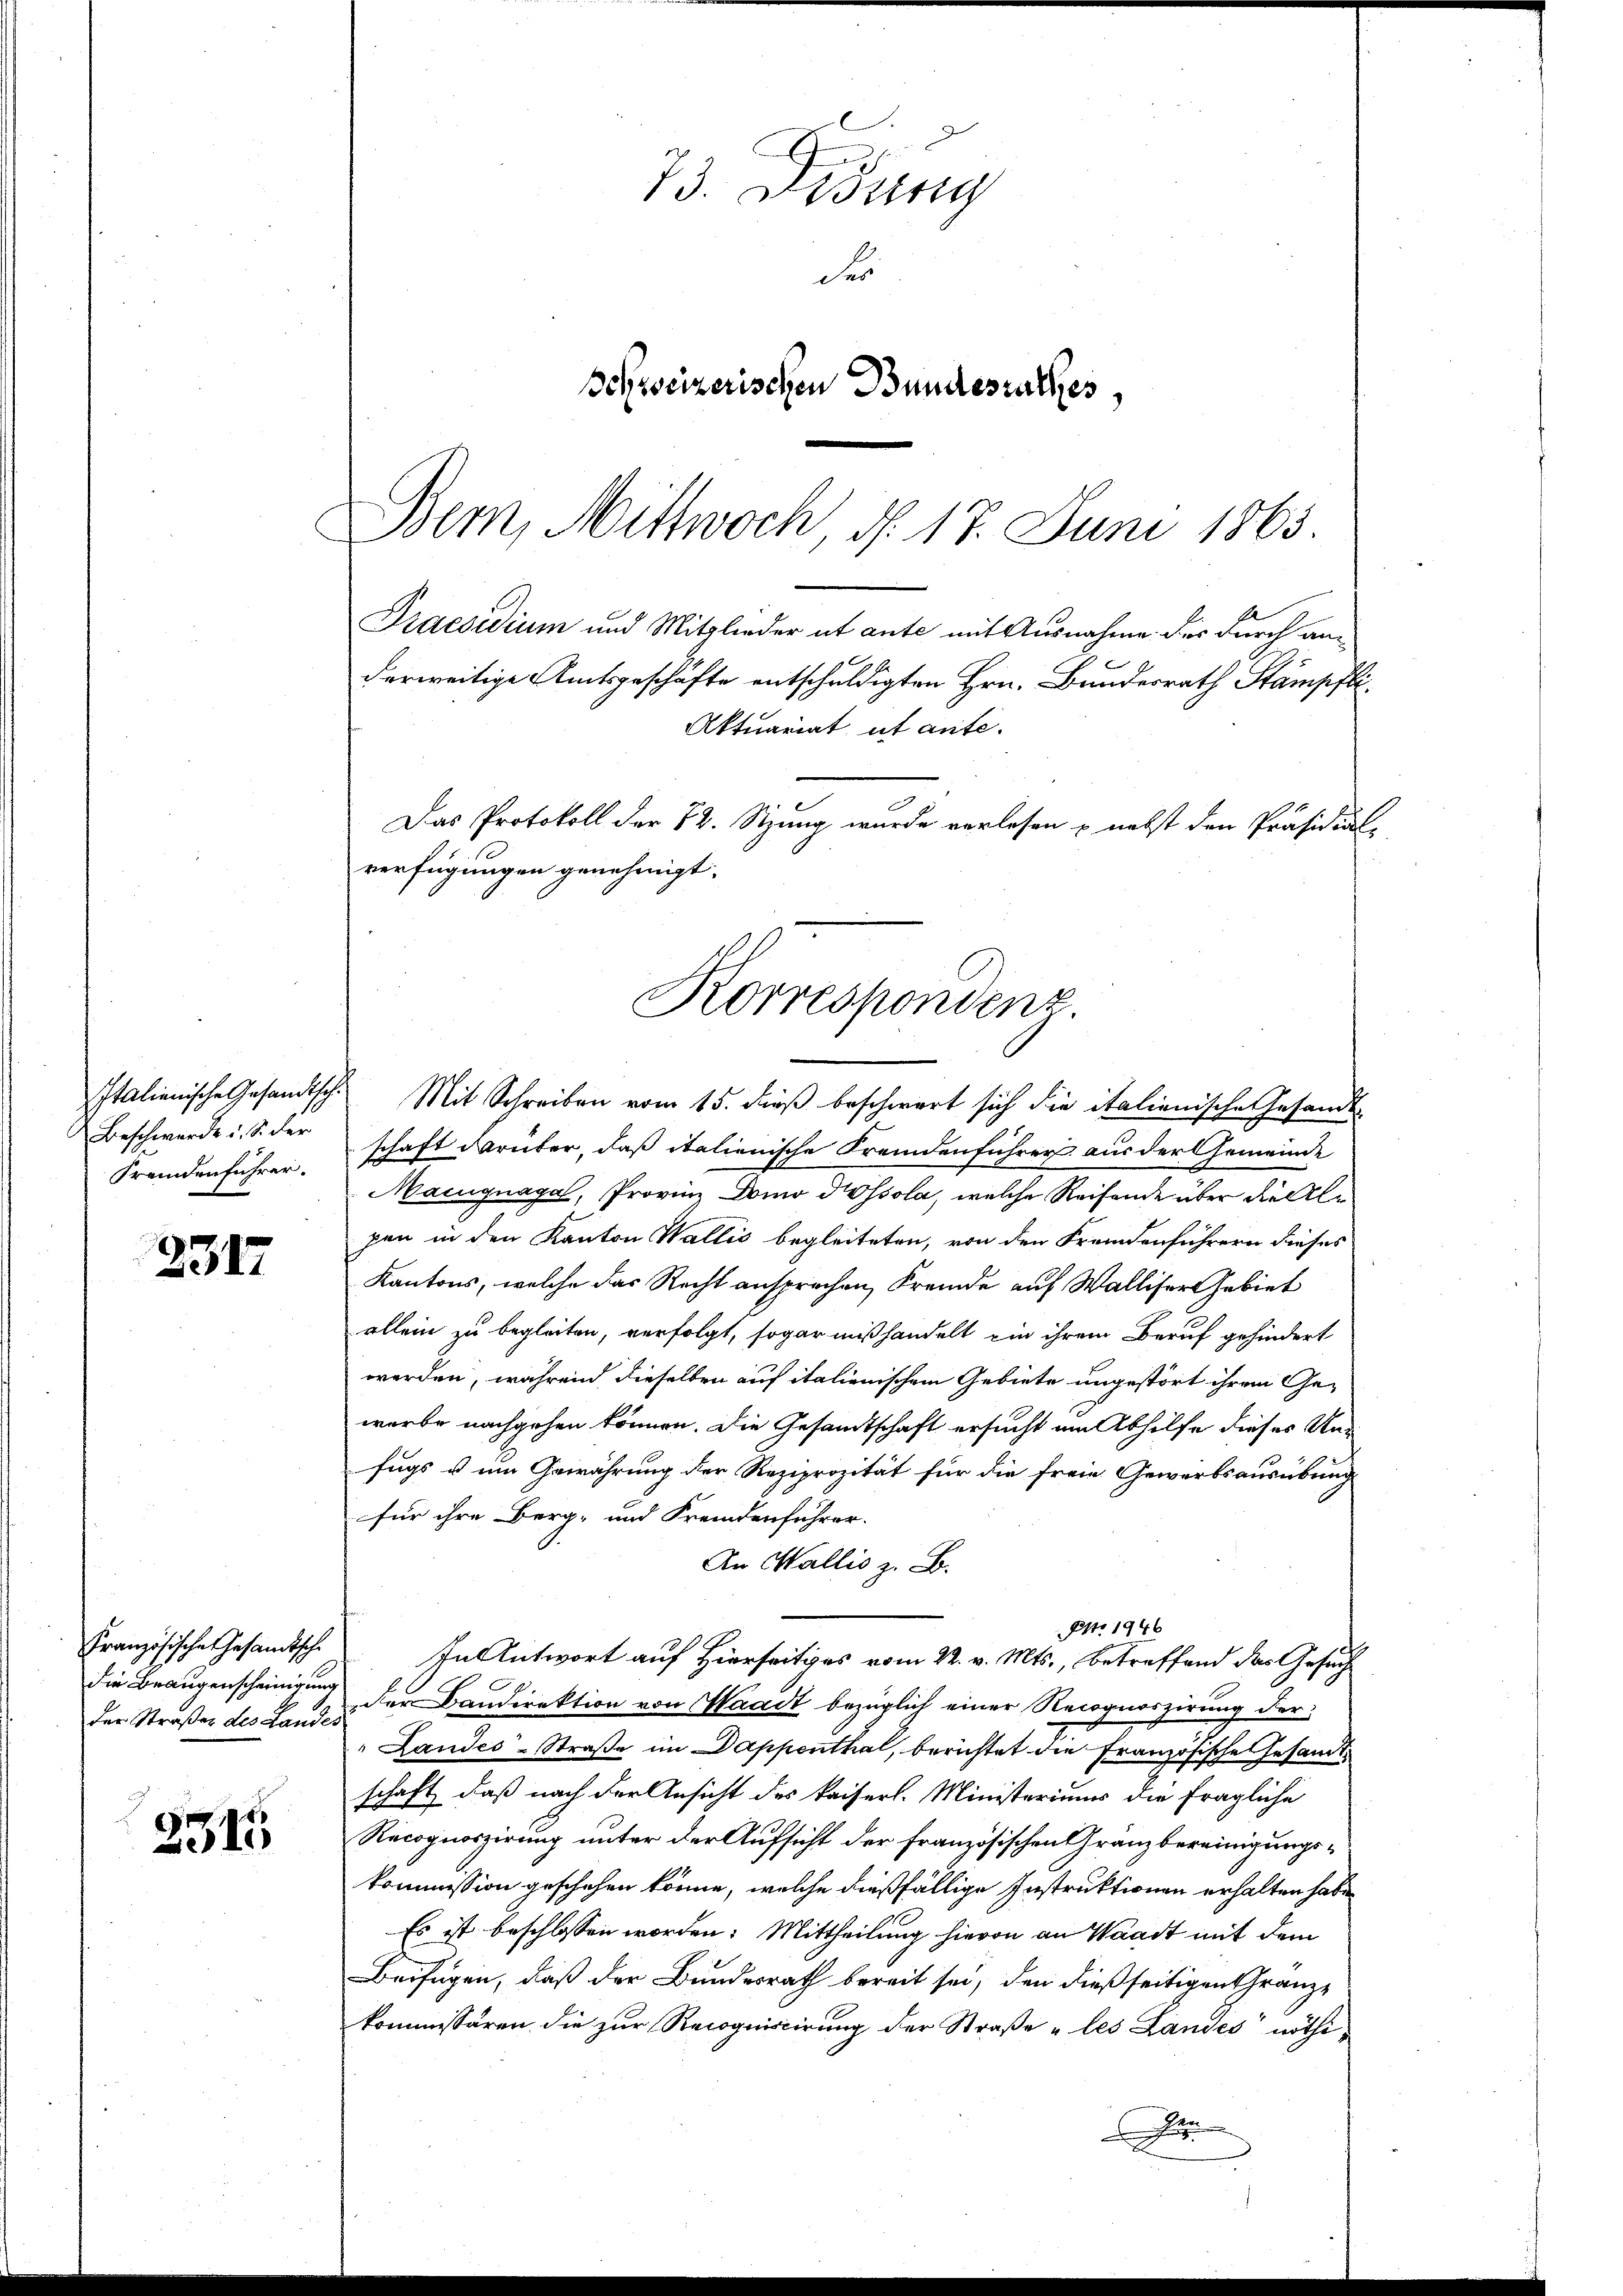
Beschwerde u. S. der
Fremdenführer.

2317

Praesidium und Mitglieder ut ante mit Ausnahme der durch anderweitige Amtsgeschäfte entschuldigten Hrn. Bundesrath Stampfli¬
Aktuariat ut ante.

Französische Gesandtsche
der Straßen des Landes

2315

73. Desung
des
Schweizerischen Bundesrathes,

Bern, Mittwoch, d. 17. Juni 1863.
Das Protokoll der 82. Stzung wurde vorlesen & nebst den Präsidial-
verfügungen genehmigt.
Korrespondenz.

Italienische Gesandtsch. Mit Schreiben vom 15. dieß beschwert sich die italienische Gesandt-
schaft darüber, daß italienische Fremdenführer aus der Gemeinde
Maignagel, Provinz Domo dissola, welche Reifende über die le
pen in den Kanton Wallis begleiteten, von den Fremdenführern dieses
Kantons, welche das Recht ansprechen, Fremde auf Walliser Gebiet
allein zu begleiten, verfolgt, sogar mißhandelt ein ihrem Beruf gehindert
werden, während dieselben auf italienischem Gebiete ungestört ihrem Gewerbe nachgehen können. Die Gesandtschaft ersucht am Abhilfe dieses Unfugs u um Gewährung der Reziprozität für die freie Gewerbsausübung
für ihre Berg- und Fremdenführer.
An Wallis z. B.
Pro. 1946
In Antwort auf Hierseits vom 22. v. Mts., betreffend das Gesuch
die Braugenscheinigung der Bandirektion von Waadt bezüglich einer Recognoszirung der
Landes-Straße im Dappenthal, berichtet die Französische Gesamtschaft, daß nach der Ansicht des kaiserl. Ministeriums die fragliche
Recognoszirung unter der Aufsicht der französischen Gränzbereinigungskommission geschehen könne, welche dießfällige Instruktionen erhalten habe
Es ist beschlossen worden: Mittheilung hievon an Waadt mit dem
Beifügen, daß der Bundesrath bereit sei, den dießseitigen Granz-
kommissären die zur Recogniscirung der Straße „les Landes nöthi-
x